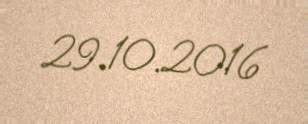
29.10.2016